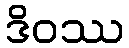
ဒိဝဿ